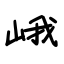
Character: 峨